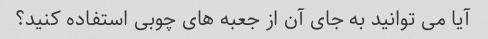
آیا می توانید به جای آن از جعبه های چوبی استفاده کنید؟